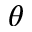
\theta